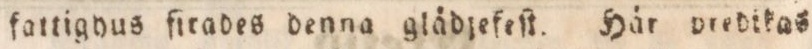
fattighus fitades denna glädjefeſt. Här predikas